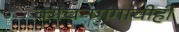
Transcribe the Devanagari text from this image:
कांचनगंगाचीही